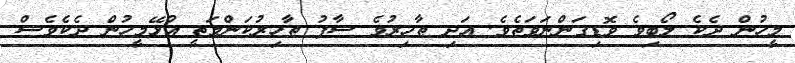
މީހުން ދެކެ ލޯބިވެ ވޮޑިގަންނަވަތެވެ. އަދި ޠާހިރުވެ ސާފު ޠާހިރުކަންމަތީ އުޅޭމީހުން ދެކެވެސް